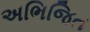
અભિજિત